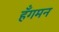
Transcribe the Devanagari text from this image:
हँगमन